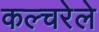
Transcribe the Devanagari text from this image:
कल्चरेले